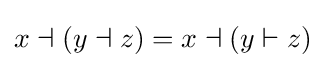
x\dashv (y\dashv z)=x\dashv (y\vdash z)